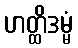
ဟတ္ထိဒမ္မံ